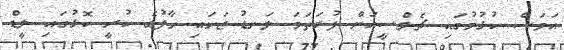
އަވަސް ކުޅުމުގައި ޗެލްސީއަށް ފުރަތަމަ ލަނޑު ޖަހައި ހާފުގެ ކުރީ ކޮޅުގައި ލީޑް